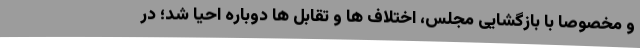
و مخصوصا با بازگشایی مجلس، اختلاف ها و تقابل ها دوباره احیا شد؛ در